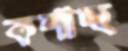
কশাচ্ছ